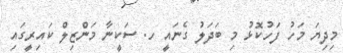
މިދިޔަ މަހު ފަހުކޮޅު މި ބަދަލު ގެނައީ ހ. ސަކީނާ މަންޒިލް ކައިރީގައި